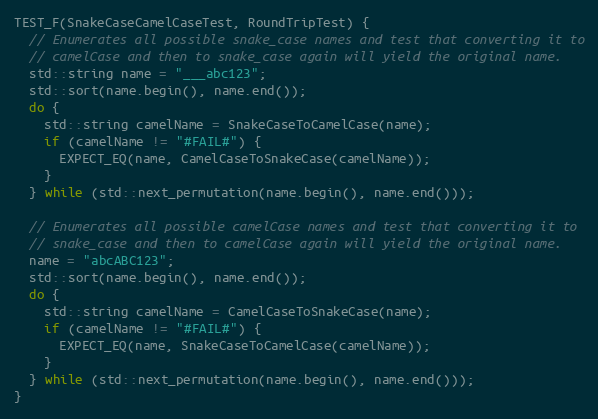
Language: C++
TEST_F(SnakeCaseCamelCaseTest, RoundTripTest) {
  // Enumerates all possible snake_case names and test that converting it to
  // camelCase and then to snake_case again will yield the original name.
  std::string name = "___abc123";
  std::sort(name.begin(), name.end());
  do {
    std::string camelName = SnakeCaseToCamelCase(name);
    if (camelName != "#FAIL#") {
      EXPECT_EQ(name, CamelCaseToSnakeCase(camelName));
    }
  } while (std::next_permutation(name.begin(), name.end()));

  // Enumerates all possible camelCase names and test that converting it to
  // snake_case and then to camelCase again will yield the original name.
  name = "abcABC123";
  std::sort(name.begin(), name.end());
  do {
    std::string camelName = CamelCaseToSnakeCase(name);
    if (camelName != "#FAIL#") {
      EXPECT_EQ(name, SnakeCaseToCamelCase(camelName));
    }
  } while (std::next_permutation(name.begin(), name.end()));
}